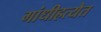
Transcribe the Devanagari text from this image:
गांधीहत्येत